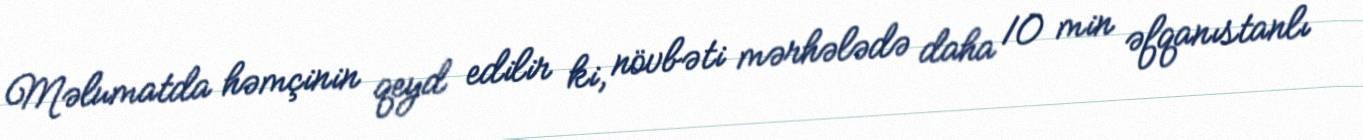
Məlumatda həmçinin qeyd edilir ki, növbəti mərhələdə daha 10 min əfqanıstanlı